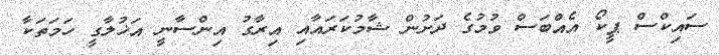
ސައިކްސް ޕީކޯ އެއްބަސް ވުމުގެ ދަށުން ޝާމުކަރައާއި އިރާގު އިންސާނީ އަޚުލާގީ ހަމަތަކާ